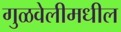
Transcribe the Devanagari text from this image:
गुळवेलीमधील